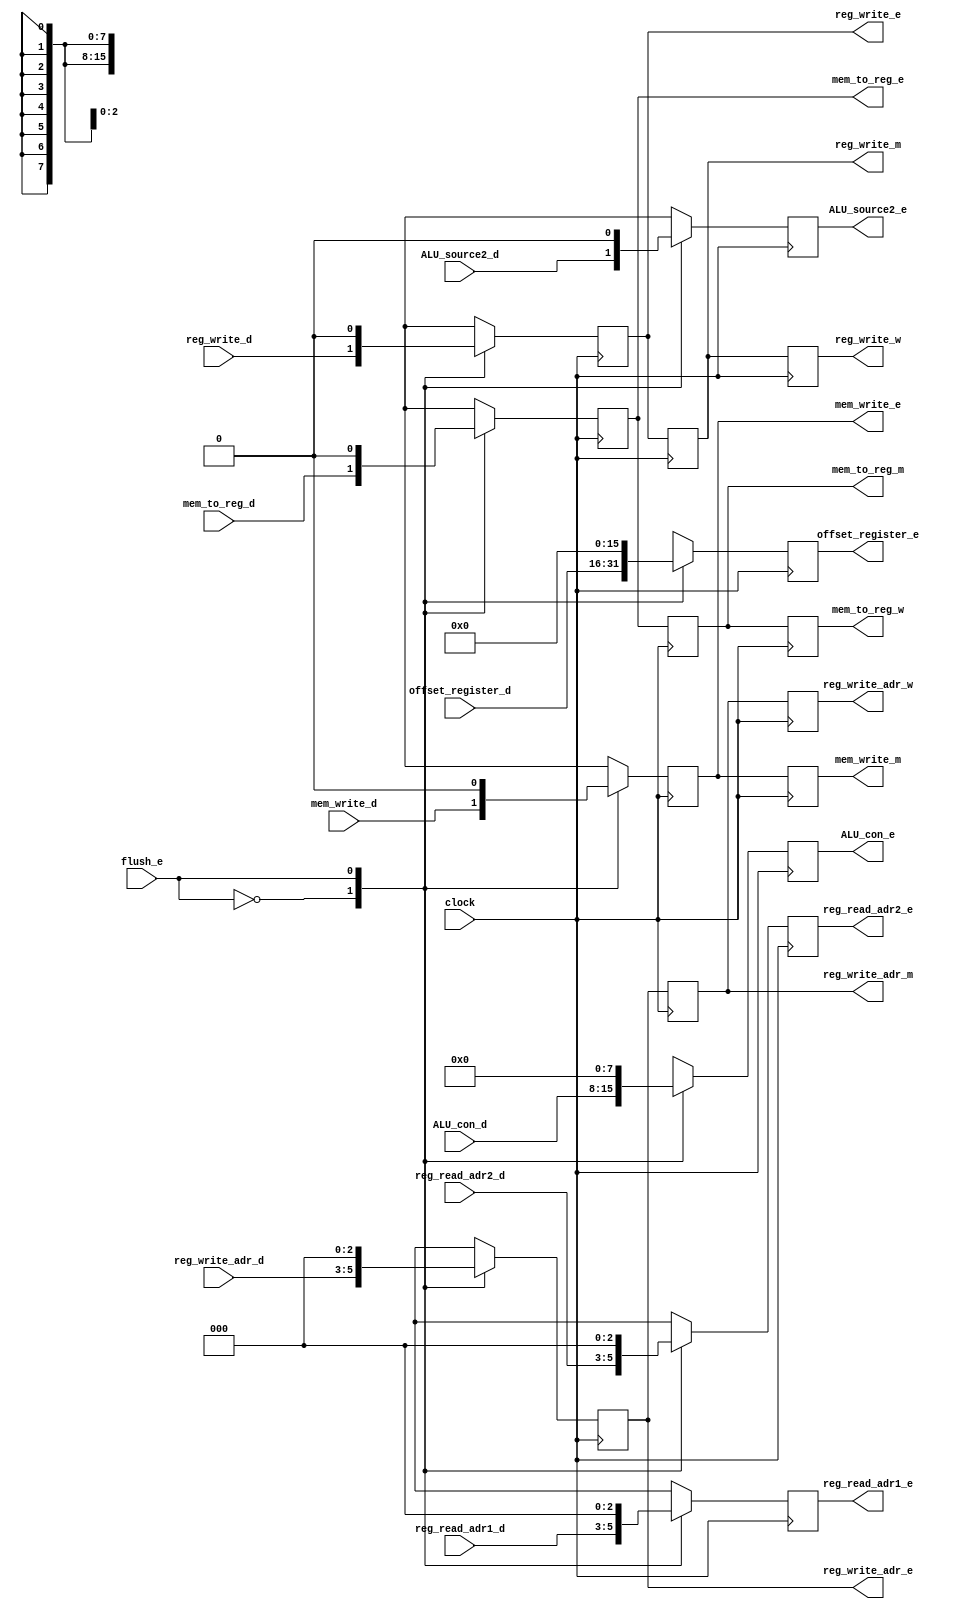
module pipeline_control_registers(
	input clock,
	
	input flush_e,
	
	input reg_write_d,
	input [2:0] reg_write_adr_d,
	input mem_to_reg_d,
	input mem_write_d,
	input [7:0] ALU_con_d,
	input ALU_source2_d,
	input [15:0] offset_register_d,
	input [2:0] reg_read_adr1_d,
	input [2:0] reg_read_adr2_d,
	
	output reg reg_write_e,
	output reg [2:0] reg_write_adr_e,
	output reg mem_to_reg_e,
	output reg mem_write_e,
	output reg [7:0] ALU_con_e,
	output reg ALU_source2_e,
	output reg [15:0] offset_register_e,
	output reg [2:0] reg_read_adr1_e,
	output reg [2:0] reg_read_adr2_e,
	
	output reg reg_write_m,
	output reg [2:0] reg_write_adr_m,
	output reg mem_to_reg_m,
	output reg mem_write_m,
	
	output reg reg_write_w,
	output reg [2:0] reg_write_adr_w,
	output reg mem_to_reg_w
	);

	initial begin
		reg_write_e = 0;
		reg_write_adr_e = 0;
		mem_to_reg_e = 0;
		mem_write_e = 0;
		ALU_con_e = 0;
		ALU_source2_e = 0;
		offset_register_e = 0;
		reg_read_adr1_e = 0;
		reg_read_adr2_e = 0;
	
		reg_write_m = 0;
		reg_write_adr_m = 0;
		mem_to_reg_m = 0;
		mem_write_m = 0;
		
		reg_write_w = 0;
		reg_write_adr_w = 0; 
		mem_to_reg_w = 0;
	
	end


	always @ (posedge clock) begin
		case (flush_e)
			0: begin
				reg_write_e <= reg_write_d;
				reg_write_adr_e <= reg_write_adr_d;
				mem_to_reg_e <= mem_to_reg_d;
				mem_write_e <= mem_write_d;
				ALU_con_e <= ALU_con_d;
				ALU_source2_e <= ALU_source2_d;
				offset_register_e <= offset_register_d;
				reg_read_adr1_e <= reg_read_adr1_d;
				reg_read_adr2_e <= reg_read_adr2_d;
			end
			1: begin
				reg_write_e <= 0;
				reg_write_adr_e <= 0;
				mem_to_reg_e <= 0;
				mem_write_e <= 0;
				ALU_con_e <= 0;
				ALU_source2_e <= 0;
				offset_register_e <= 0;
				reg_read_adr1_e <= 0;
				reg_read_adr2_e <= 0;
			end
		endcase
		
		reg_write_m <= reg_write_e;
		reg_write_adr_m <= reg_write_adr_e;
		mem_to_reg_m <= mem_to_reg_e;
		mem_write_m <= mem_write_e;
		
		reg_write_w <= reg_write_m;
		reg_write_adr_w <= reg_write_adr_m; 
		mem_to_reg_w <= mem_to_reg_m;
	end

endmodule